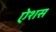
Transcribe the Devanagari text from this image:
ऐशस